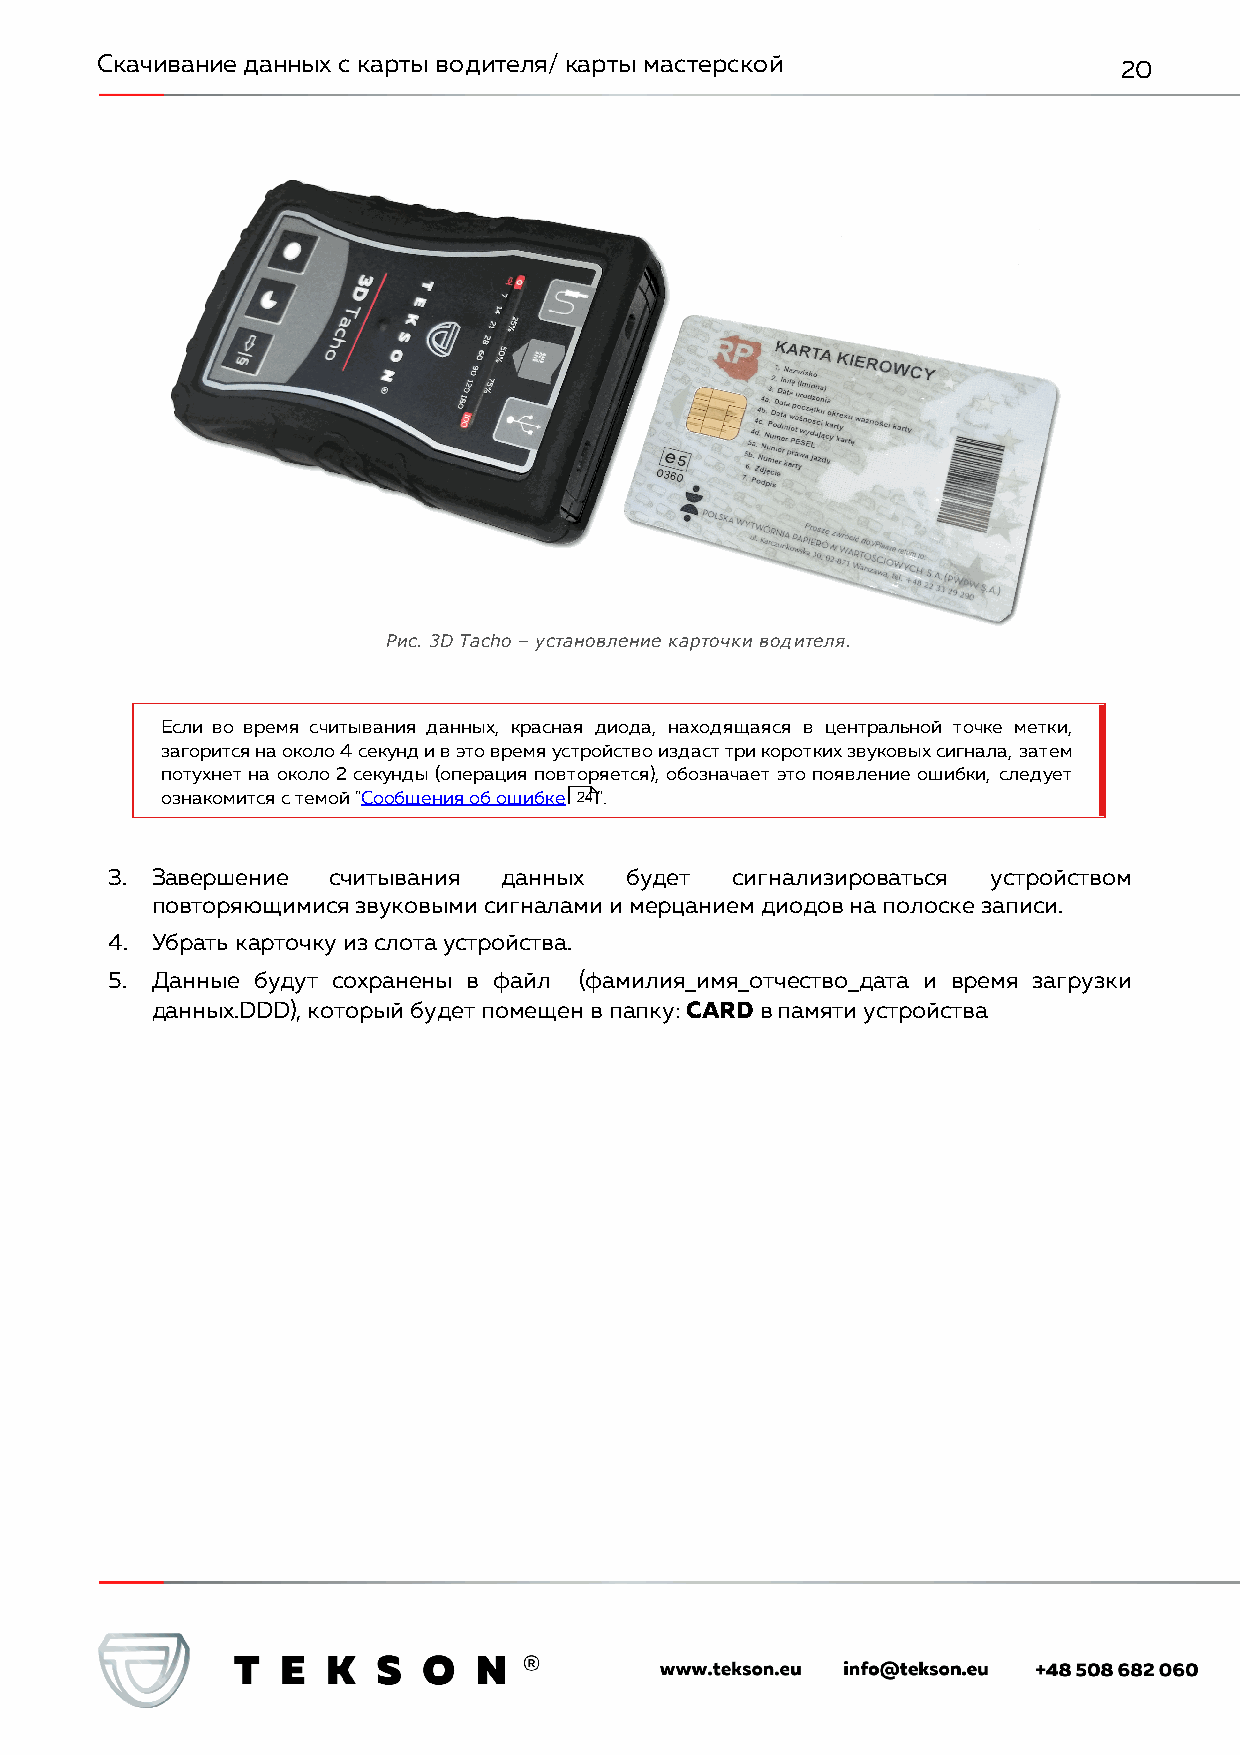
Скачивание данных с карты водителя/ карты мастерской                20
 Рис. 3D Tacho – установление карточки водителя.
 Если во время считывания данных, красная диода, находящаяся в центральной точке метки,
 загорится на около 4 секунд и в это время устройство издаст три коротких звуковых сигнала, затем
 потухнет на около 2 секунды (операция повторяется), обозначает это появление ошибки, следует
 ознакомится с темой "Сообщения об ошибке 24".
 3. Завершение  считывания данных  будет   сигнализироваться устройством
 повторяющимися звуковыми сигналами и мерцанием диодов на полоске записи.
 4. Убрать карточку из слота устройства.
 5. Данные будут сохранены в файл (фамилия_имя_отчество_дата и время загрузки
 данных.DDD), который будет помещен в папку: CARD в памяти устройства